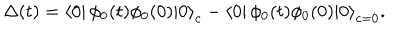
\Delta ( t ) = \left\langle 0 \right| \phi _ { 0 } ( t ) \phi _ { 0 } ( 0 ) \left| 0 \right\rangle _ { c } - \left\langle 0 \right| \phi _ { 0 } ( t ) \phi _ { 0 } ( 0 ) \left| 0 \right\rangle _ { c = 0 } .